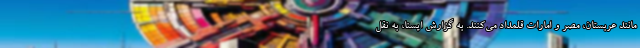
مانند عربستان، مصر و امارات قلمداد می‌کنند. به گزارش ایسنا، به نقل